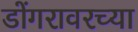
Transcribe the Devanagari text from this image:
डोंगरावरच्या